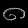
Digit: ၈